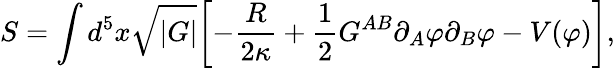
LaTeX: S=\int d^{5}x\sqrt{|G|}\biggl[-\frac{R}{2\kappa}+\frac{1}{2}G^{AB}\partial_{A}\varphi\partial_{B}\varphi-V(\varphi)\biggr],